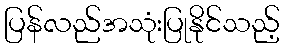
ပြန်လည်အသုံးပြုနိုင်သည့်